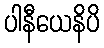
ပါနီယေနိပိ